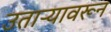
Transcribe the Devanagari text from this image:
उताऱ्यावरून